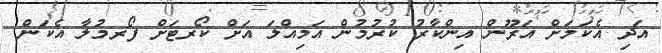
އަދި އެކަމަށް އަރޫން އިންކާރު ކުރުމުން އަމިއްލަ އަށް ކޯރޓަށް ފޯރމުލާ އެކަން